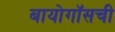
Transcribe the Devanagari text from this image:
बायोगॉसची